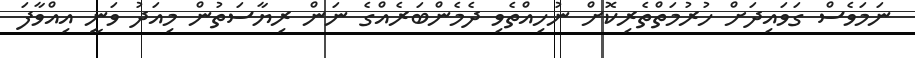
ނަމަވެސް ގަވައިދަށް ހުރުމަތްތެރިކޮށް ނުހިިއްތެވި ދެމެންބަރެއްގެ ނަން ރިޔާސަތުން މިއަދު ވަނީ އިއްވާފަ